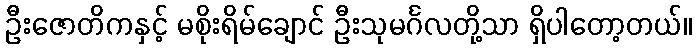
ဦးဇောတိကနှင့် မစိုးရိမ်ချောင် ဦးသုမင်္ဂလတို့သာ ရှိပါတော့တယ်။